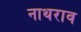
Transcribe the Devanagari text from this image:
नाथराव